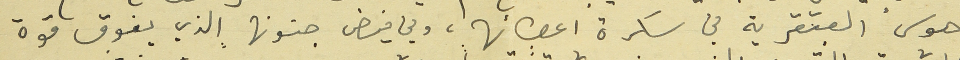
هوس العبقرية في سكرة اعضائها، وفي فيض جنونها الذي يفوق قوة